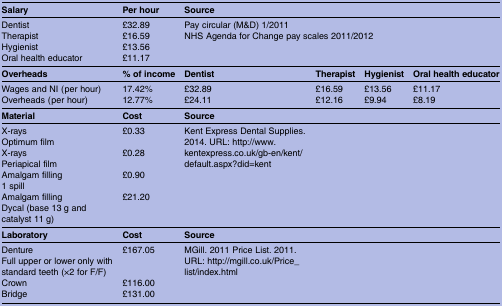
| Salary | Per hour | <COLSPAN=4> Source |
 | --- | --- | --- | --- | --- | --- |
 | Dentist | £32.89 | <COLSPAN=4> Pay circular (M&D) 1/2011 |
 | Therapist | £16.59 | <COLSPAN=4> NHS Agenda for Change pay scales 2011/2012 |
 | Hygienist | £13.56 |  |  |  |  |
 | Oral health educator | £11.17 |  |  |  |  |
 | Overheads | % of income | Dentist | Therapist | Hygienist | Oral health educator |
 | Wages and NI (per hour) | 17.42% | £32.89 | £16.59 | £13.56 | £11.17 |
 | Overheads (per hour) | 12.77% | £24.11 | £12.16 | £9.94 | £8.19 |
 | Material | Cost | Source |  |  |  |
 | X-raysOptimum film | £0.33 | <ROWSPAN=4> Kent Express Dental Supplies. 2014. URL: http://www.kentexpress.co.uk/gb-en/kent/default.aspx?did=kent |  |  |  |
 | X-raysPeriapical film | £0.28 |  |  |  |
 | Amalgam filling1 spill | £0.90 |  |  |  |
 | Amalgam fillingDycal (base 13 g and catalyst 11 g) | £21.20 |  |  |  |
 | Laboratory | Cost | Source |  |  |  |
 | DentureFull upper or lower only with standard teeth (×2 for F/F) | £167.05 | <ROWSPAN=3> MGill. 2011 Price List. 2011. URL: http://mgill.co.uk/Price_list/index.html |  |  |  |
 | Crown | £116.00 |  |  |  |
 | Bridge | £131.00 |  |  |  |